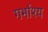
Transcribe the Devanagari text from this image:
गर्भाश्य